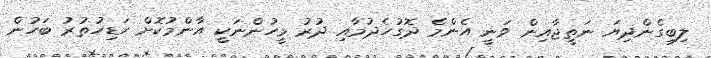
ލިބިގެންދިޔަ ނަތީޖާއިން ވަނީ އެންމެ ދޮގުހެދުމާއި ދުރު މީހުންނަކީ އާންމުކޮށް ހަޑިހުތުރު ބަހުން